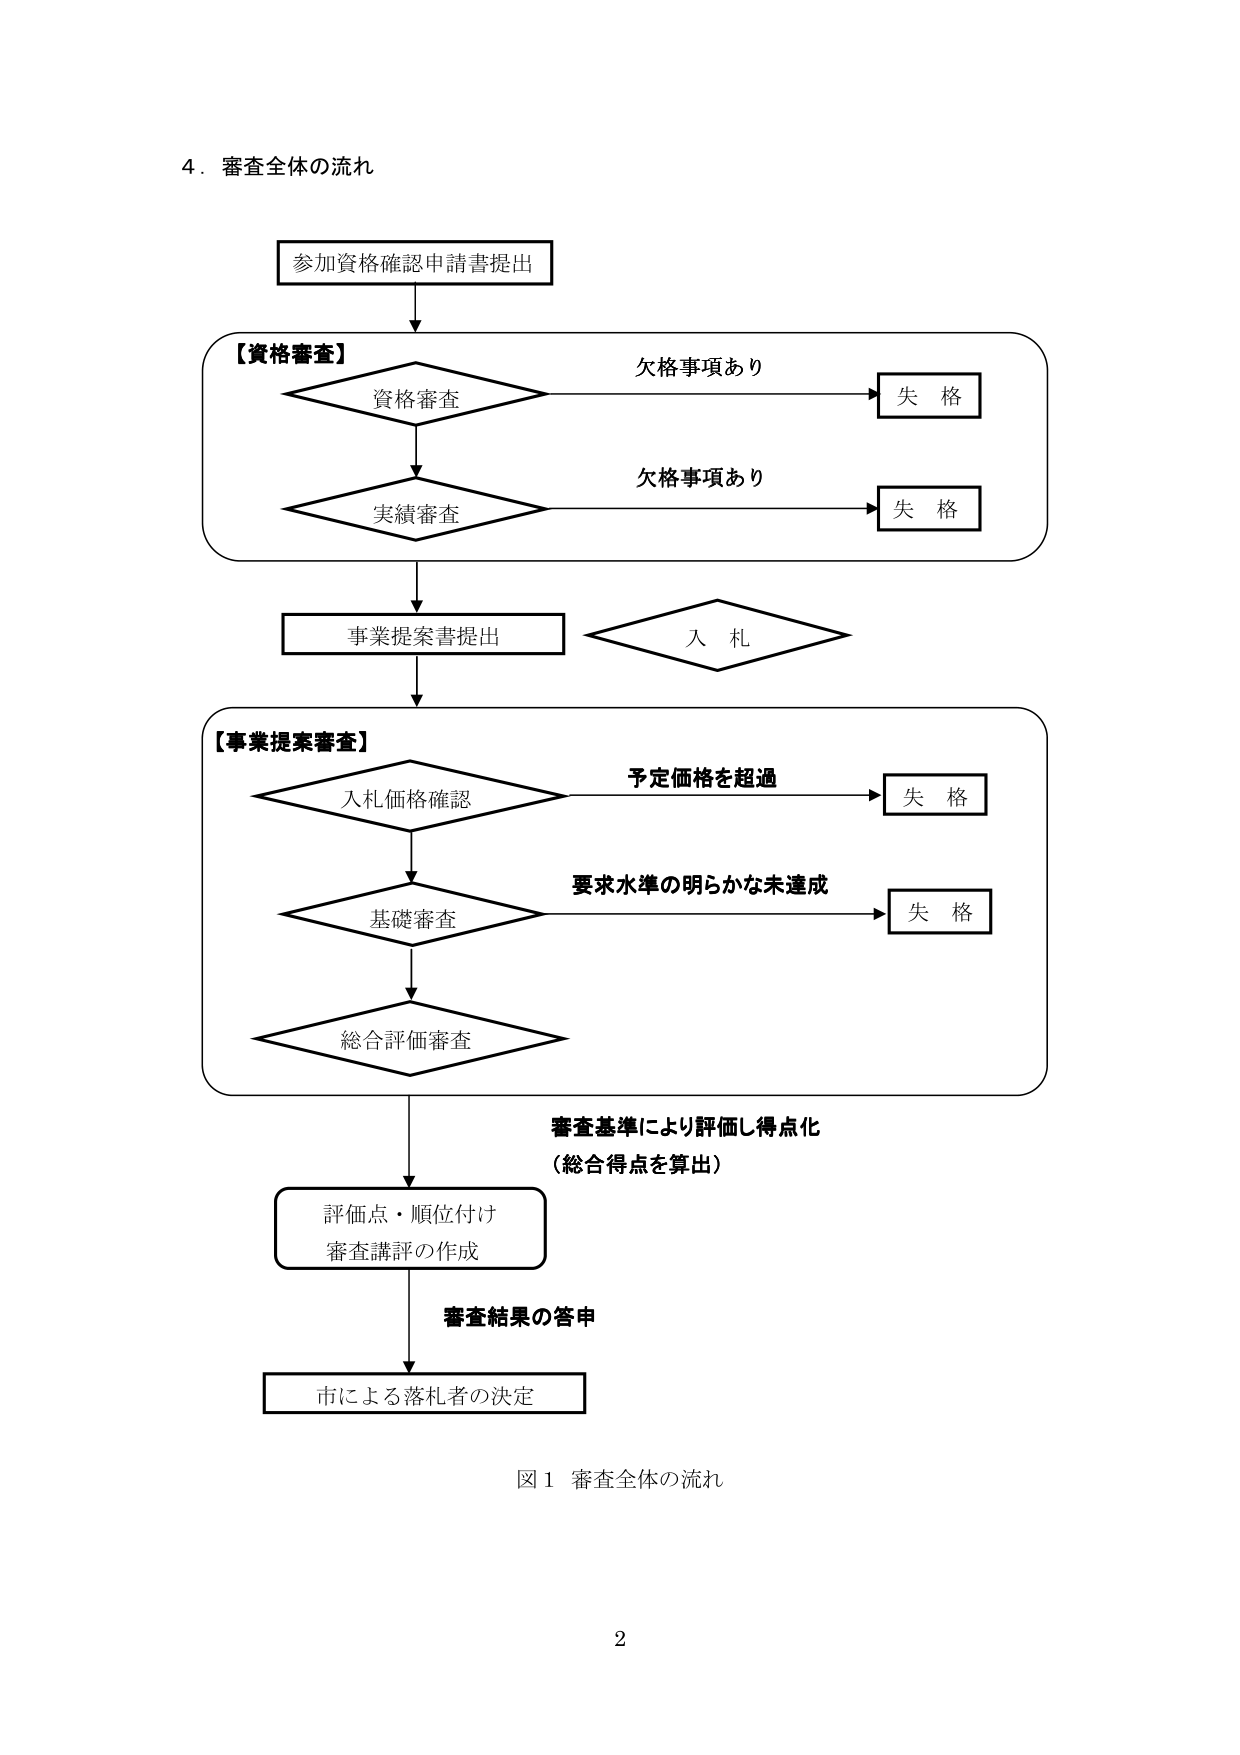
4．審査全体の流れ

参加資格確認申請書提出

【資格審査】
資格審査
欠格事項あり → 失格
実績審査
欠格事項あり → 失格

事業提案書提出
入札

【事業提案審査】
入札価格確認
予定価格を超過 → 失格
基礎審査
要求水準の明らかな未達成 → 失格
総合評価審査

審査基準により評価し得点化
（総合得点を算出）

評価点・順位付け
審査講評の作成

審査結果の答申

市による落札者の決定

図1 審査全体の流れ

2